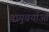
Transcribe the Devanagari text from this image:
वायुचर्याओं